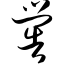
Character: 喾